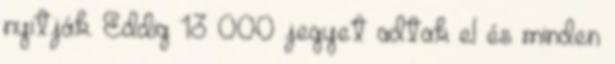
nyitják. Eddig 13 000 jegyet adtak el és minden